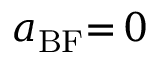
a _ { \mathrm { B F } } { = } \, 0